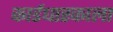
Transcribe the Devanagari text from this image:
कार्डधारकाला